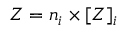
Z = n _ { i } \times [ Z ] _ { i }